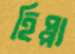
হিপ্পা